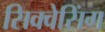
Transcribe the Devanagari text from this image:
सिक्वेसिंग